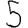
Digit: 5